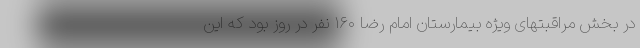
در بخش مراقبتهای ویژه بیمارستان امام رضا ۱۶۰ نفر در روز بود که این